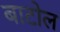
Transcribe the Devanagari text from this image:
बाटोल